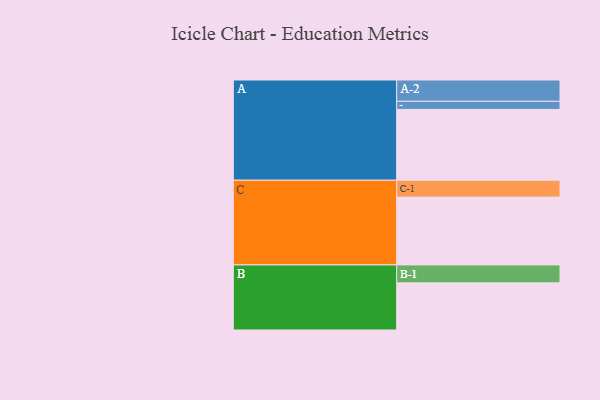
{"axis": {"x": "Segment", "y": "Value"}, "legend": ["", "A", "B", "C"], "data": [{"x": "A", "y": 592, "type": ""}, {"x": "B", "y": 394, "type": ""}, {"x": "C", "y": 567, "type": ""}, {"x": "A-1", "y": 68, "type": "A"}, {"x": "A-2", "y": 178, "type": "A"}, {"x": "B-1", "y": 150, "type": "B"}, {"x": "C-1", "y": 141, "type": "C"}]}